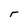
Character: r